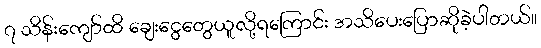
၇ သိန်းကျော်ထိ ချေးငွေတွေယူလို့ရကြောင်း အသိပေးပြောဆိုခဲ့ပါတယ်။